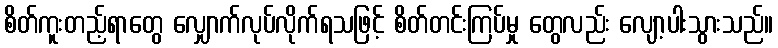
စိတ်ကူးတည့်ရာတွေ လျှောက်လုပ်လိုက်ရသဖြင့် စိတ်တင်းကြပ်မှု တွေလည်း လျော့ပါးသွားသည်။